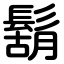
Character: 鬍